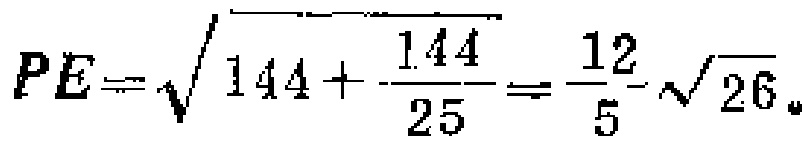
\(PE=\sqrt{144+\frac{144}{25}}=\frac{12}{5}\sqrt{26}\)